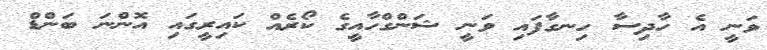
ވަނީ އެ ހާދިސާ ހިނގާފައި ވަނީ ޝަންގްހާއީގެ ކޯރެއް ކައިރީގައި އޮންނަ ބަންޑް